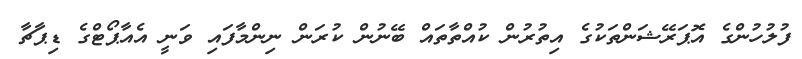
ފުލުހުންގެ އޮޕަރޭޝަންތަކުގެ އިތުރުން ކުއްތާތައް ބޭނުން ކުރަން ނިންމާފައި ވަނީ އެއާޕޯޓްގެ ޑިޕާޗާ